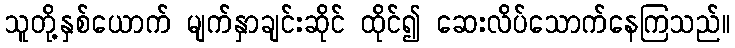
သူတို့နှစ်ယောက် မျက်နှာချင်းဆိုင် ထိုင်၍ ဆေးလိပ်သောက်နေကြသည်။